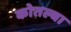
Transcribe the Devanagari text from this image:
कोतल्बा